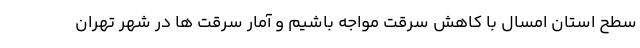
سطح استان امسال با کاهش سرقت مواجه باشیم و آمار سرقت ها در شهر تهران